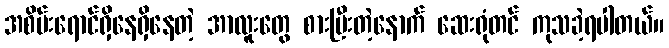
အစိမ်းရောင်ရှိနေရှိနေတဲ့ အာလူးတွေ စားပြီးတဲ့နောက် ဆေးရုံတင် ကုသခဲ့ရပါတယ်။